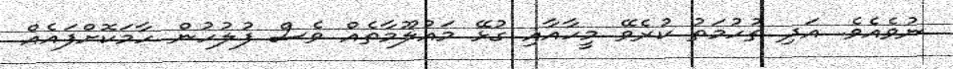
ނުވެއެވެ. އަދި ތުހުމަތު ކުރެވޭ މީހާއާއި ގުޅޭ މައުލޫމާތެއް ވެސް ފުލުހުން ހާމަކޮށްފައެއް